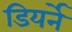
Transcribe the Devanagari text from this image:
डियर्ने